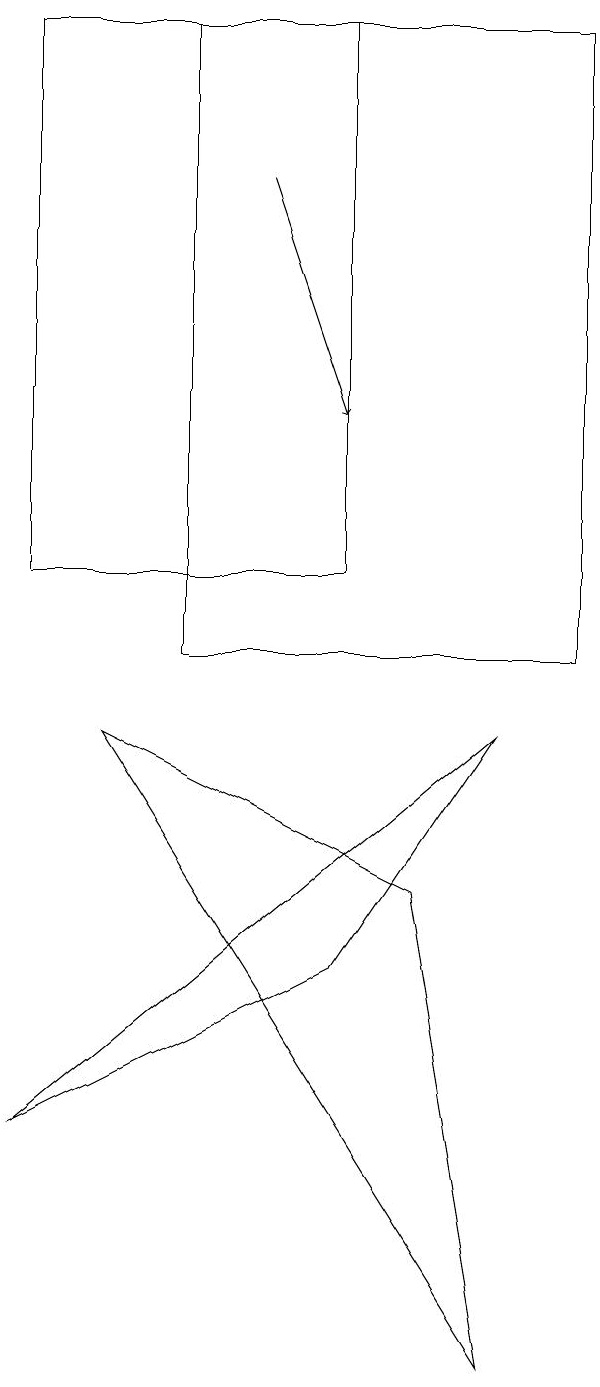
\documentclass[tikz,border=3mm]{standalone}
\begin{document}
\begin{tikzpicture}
\draw (0,11) rectangle (4,18);
\draw (5,7) -- (6,1) -- (1,9) -- cycle;
\draw (2,10) rectangle (7,18);
\draw[->] (3,16) -- (4,13);
\draw (6,9) -- (4,6) -- (0,4) -- cycle;
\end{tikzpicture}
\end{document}